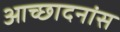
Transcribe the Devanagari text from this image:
आच्छादनांस